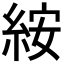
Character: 𥿽